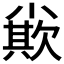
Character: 𡮪